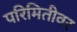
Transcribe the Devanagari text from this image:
परिमितीवर